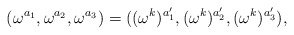
\begin{align*}(\omega^{a_1},\omega^{a_2},\omega^{a_3})=((\omega^k)^{a'_1},(\omega^k)^{a'_2},(\omega^k)^{a'_3}),\end{align*}